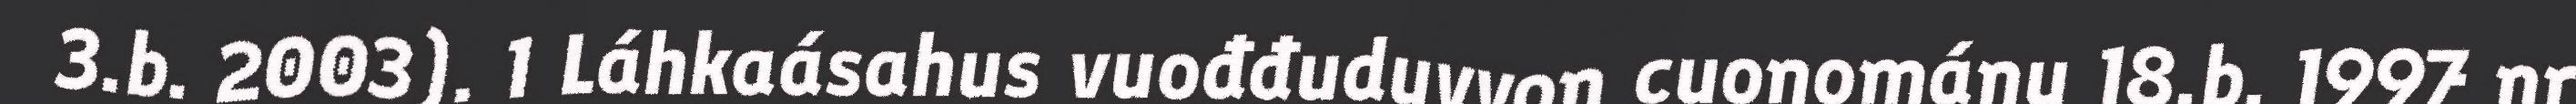
3.b. 2003). 1 Láhkaásahus vuođđuduvvon cuoŋománu 18.b. 1997 nr